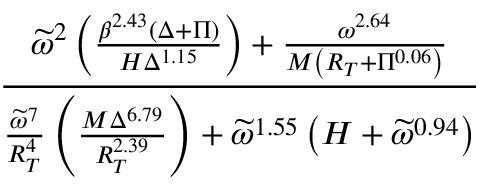
\frac { \widetilde { \omega } ^ { 2 } \left( \frac { \beta ^ { 2 . 4 3 } \left( \Delta + \Pi \right) } { H \Delta ^ { 1 . 1 5 } } \right) + \frac { \omega ^ { 2 . 6 4 } } { M \left( R _ { T } + \Pi ^ { 0 . 0 6 } \right) } } { \frac { \widetilde { \omega } ^ { 7 } } { R _ { T } ^ { 4 } } \left( \frac { M \Delta ^ { 6 . 7 9 } } { R _ { T } ^ { 2 . 3 9 } } \right) + \widetilde \omega ^ { 1 . 5 5 } \left( H + \widetilde \omega ^ { 0 . 9 4 } \right) }